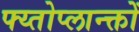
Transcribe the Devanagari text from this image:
फ्य्तोप्लान्क्तों